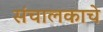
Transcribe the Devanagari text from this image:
संचालकाचे